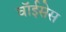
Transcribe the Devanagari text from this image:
वॉईसेस